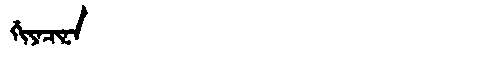
Manchu: ᡤᡳᠶᠠᠴᡳᠨᠠ
Romanization: GIYACINA